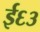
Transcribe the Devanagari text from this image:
ई६३